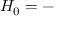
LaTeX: H _ { 0 } = -